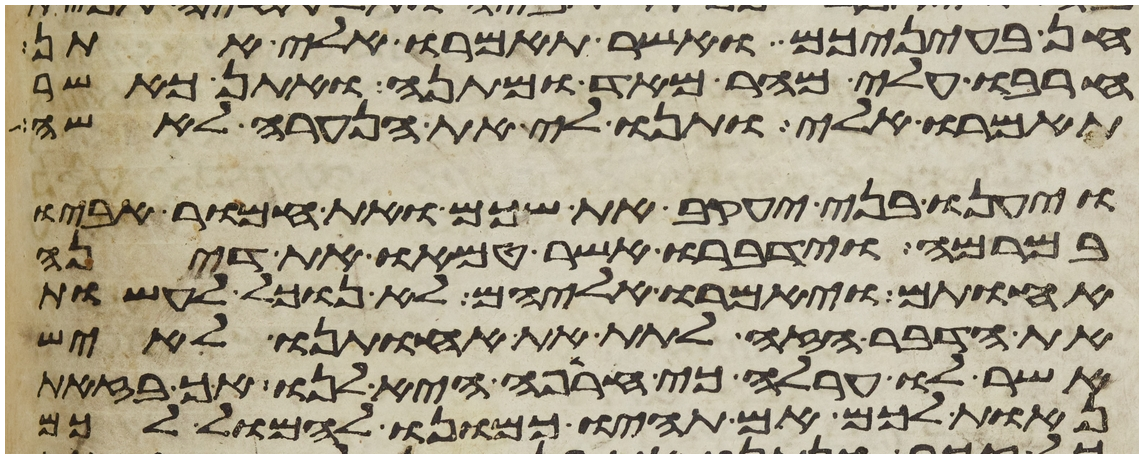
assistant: חן בעיניכם ואשר תאמרו אלי אתן
הרבו עלי מהר מאד ומתנה ואתן כאשר
תאמרו אלי ותנו לי את הנערה לאשה
ויענו בני יעקב את שכם ואת חמור אביו
במרמה וידברו אשר טמאו את דינה
אחותם ויאמרו אליהם לא נוכל לעשות
את הדבר הזה לתת את אחותנו לאיש
אשר לו ערלה כי חרפה היא לנו אך בזאת
נאות לכם אם תהיו כמונו להמול לכם